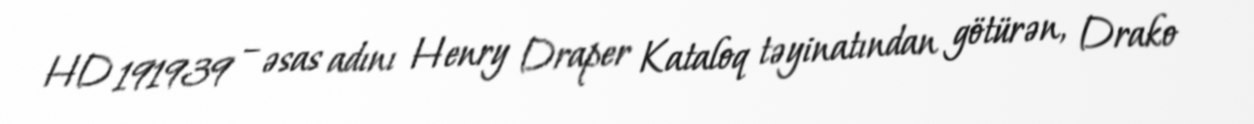
HD 191939 – əsas adını Henry Draper Kataloq təyinatından götürən, Drako